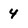
Character: 4